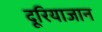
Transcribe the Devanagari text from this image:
दूरियाजान